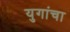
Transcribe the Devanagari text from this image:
युगांचा